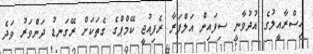
އިސްރާއީލުގެ އުދުވާނީ ސިފައިން އަލްފަރާ ރެފިއުޖީ ކޭމްޕްގެ ގެތަކަށް ރޭގަނޑު ދަންވަރު ވަދެ